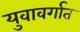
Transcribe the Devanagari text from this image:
युवावर्गात